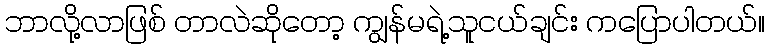
ဘာလို့လာဖြစ် တာလဲဆိုတော့ ကျွန်မရဲ့သူငယ်ချင်း ကပြောပါတယ်။